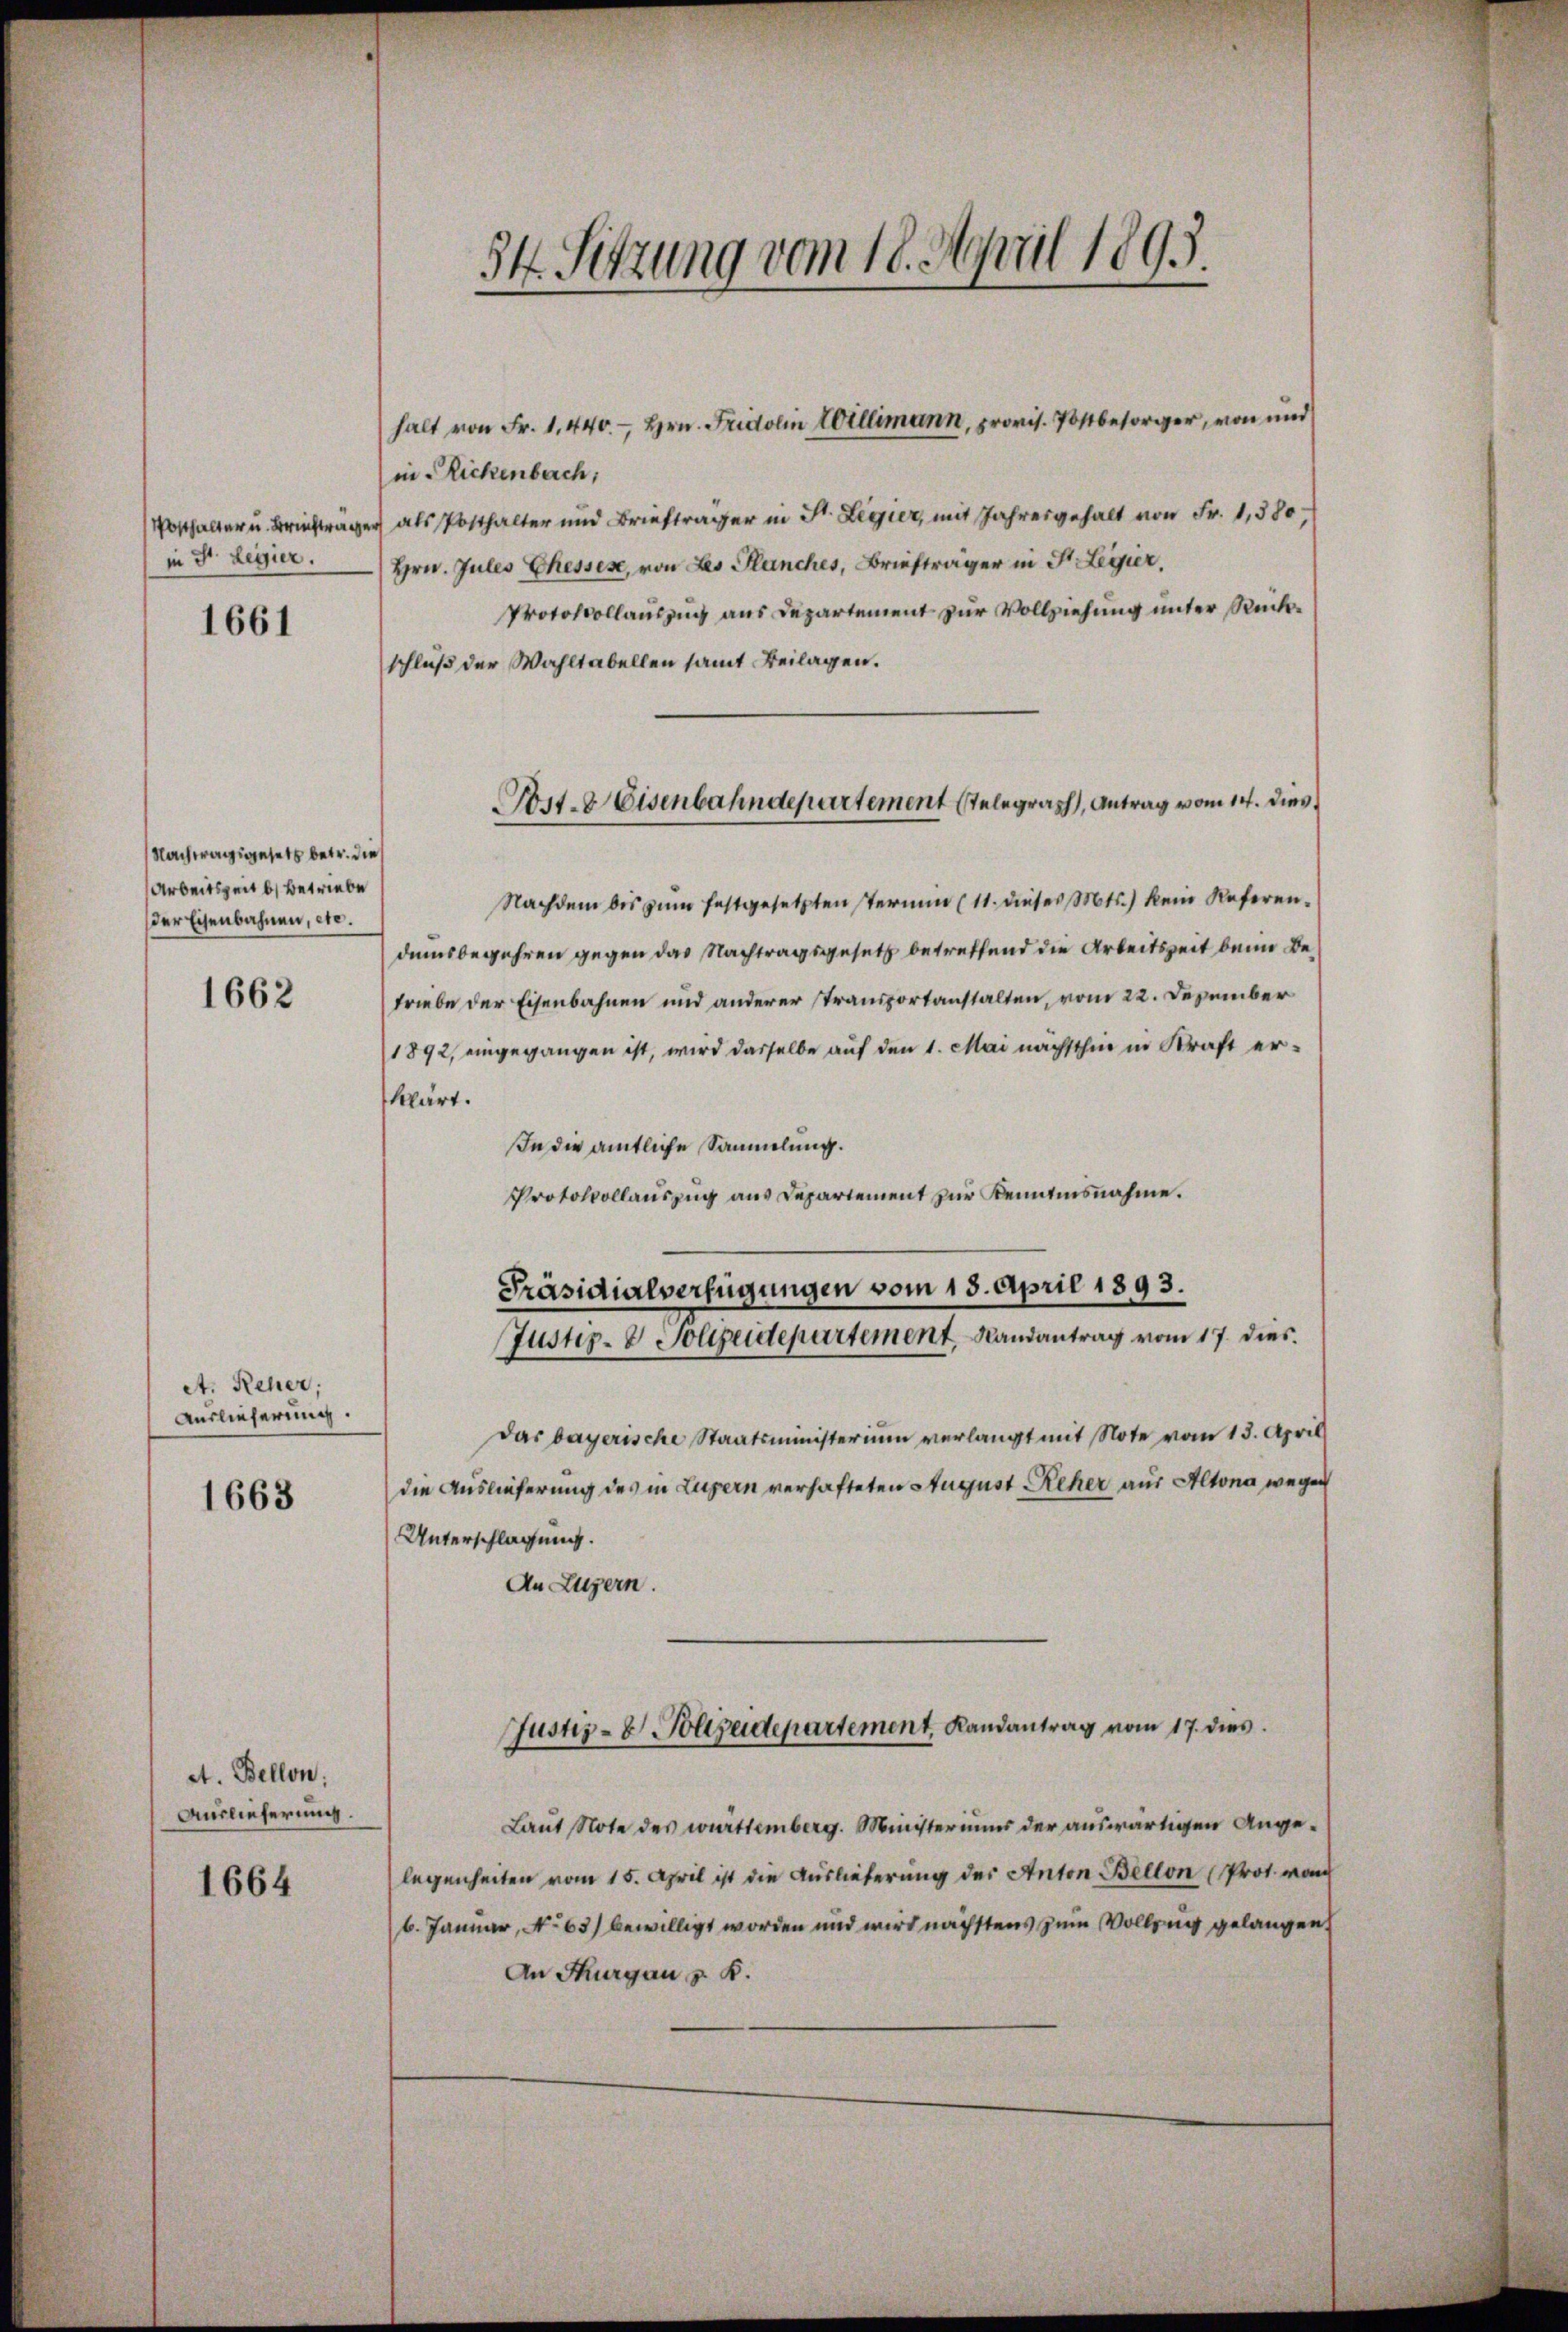
Posthalter u. Beitra
in St. Legier.
1661

Nachtragsgesetz betr. die
Arbeitszeit b) betriebe
der Eisenbahnen, etc.

1662

A. Reher;
Auslieferung.

1663

At. Bellon:
Auslieferung.

1664

34. Setzung vom 18. April 1893.

in-Rickenbach,
v als Posthalter und Briefträger in St. Legier, mit Jahresgehalt von Fr. 1,380
Hrn. Jules Ehesses, von Les Planches, Briefträger in St. Legier,
Protokollauszug aus Departement zur Vollziehung unter Rückschluß der Wahltabellen samt Beilagen.
Nachdem bis zum festgesetzten Termin (11. dieser Mts.) kein Referen.
damsbegehren gegen das Nachtragsgesetz betreffend die Arbeitszeit beim Betriebe der Eisenbahnen und anderer Transportanstalten, vom 22. Dezember
1892, eingegangen ist, wird dasselbe auf den 1. Mai nächsthin in Kraft erklärt.
In die amtliche Sammlung.
Protokollauszug aus Departement zur Kenntnisnahme.
Präsidialverfügungen vom 13. April 1893.
Justiz- & Polizeidepartement, Randantrag vom 17. dies
das bayerische Staatsministerium verlangt mit Note vom 13. April
die Auslieferung des in Luzern verhafteten August Reher aus Altona wegen
Unterschlagung.
An Luzern.
Justiz- & Polizeidepartement Landantrag vom 17. dies
Laut Note des württemberg. Ministeriums der auswärtigen Angelegenheiten vom 15. April ist die Auslieferung der Anton Bellon (Prot. von
6. Januar, No 63) bewilligt worden und wird nächstens zum Vollzug gelangen,
An Thurgau v. K.

ort. 8 Eisenbahndepartement stelegraph, Antrag vom 14. dies

halt von Fr. 1. 440.- Hrn. Fridolin Willimann, provis. Postbesorger, von und